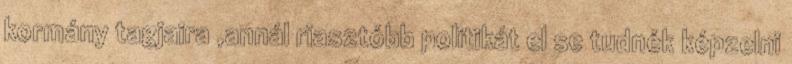
kormány tagjaira ,annál riasztóbb politikát el se tudnék képzelni